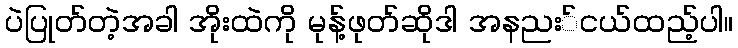
ပဲပြုတ်တဲ့အခါ အိုးထဲကို မုန့်ဖုတ်ဆိုဒါ အနညး်ငယ်ထည့်ပါ။